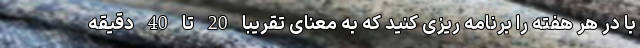
با در هر هفته را برنامه ریزی کنید که به معنای تقریبا 20 تا 40 دقیقه